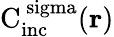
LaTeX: \mathrm{{C}_{\mathrm{{inc}}}^{\ sigma}({\mathbf r})}